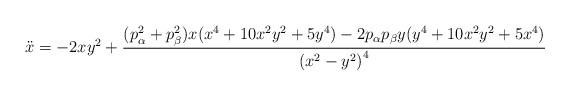
LaTeX: \begin{align*} \ddot x=-2xy^2+{(p_\alpha^2+p_\beta^2)x(x^4+10x^2y^2+5y^4)-2p_\alpha p_\beta y(y^4+10x^2 y^2+5x^4)\over\left(x^2-y^2\right)^4}\end{align*}